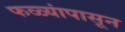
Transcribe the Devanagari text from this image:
फळ्यांपासून